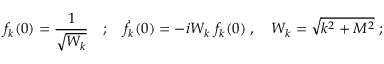
f _ { k } ( 0 ) = \frac { 1 } { \sqrt { W _ { k } } } \quad ; \quad \dot { f } _ { k } ( 0 ) = - i W _ { k } ~ f _ { k } ( 0 ) \; , \quad W _ { k } = \sqrt { k ^ { 2 } + M ^ { 2 } } \; ;